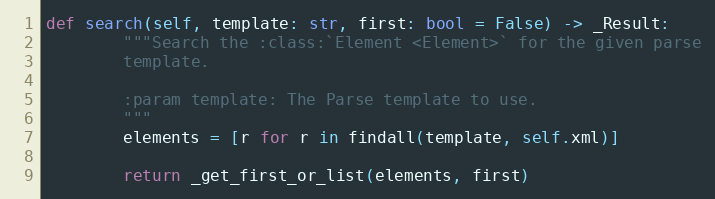
Language: Python
def search(self, template: str, first: bool = False) -> _Result:
        """Search the :class:`Element <Element>` for the given parse
        template.

        :param template: The Parse template to use.
        """
        elements = [r for r in findall(template, self.xml)]

        return _get_first_or_list(elements, first)